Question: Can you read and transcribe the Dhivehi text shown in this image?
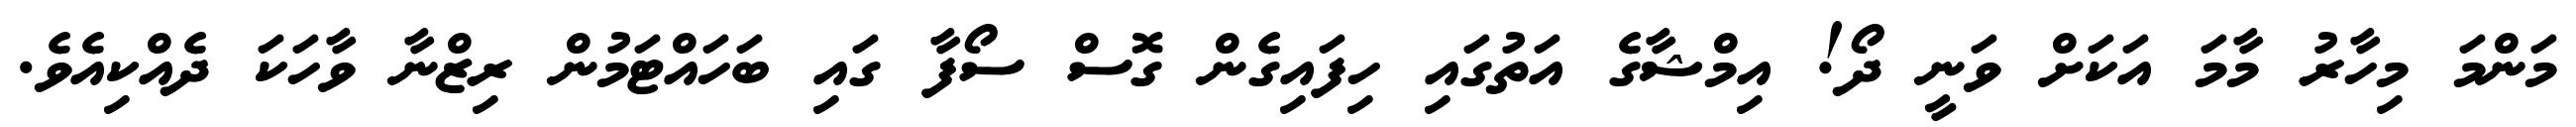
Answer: މަންމަ މިހާރު މާމަ އަކަށް ވަނީ ދޯ! އިމްޝާގެ އަތުގައި ހިފައިގެން ގޮސް ސޯފާ ގައި ބަހައްޓަމުން ރިޒްނާ ވާހަކަ ދެއްކިއެވެ.